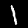
Digit: 1